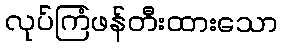
လုပ်ကြံဖန်တီးထားသော